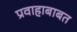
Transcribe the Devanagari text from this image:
प्रवाहाबाबत